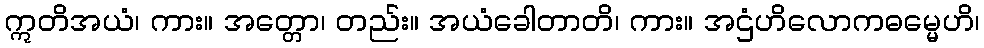
ဣတိအယံ၊ ကား။ အတ္တော၊ တည်း။ အယံခေါတာတိ၊ ကား။ အဌံဟိလောကဓမ္မေဟိ၊